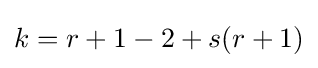
k=r+1-2+s(r+1)